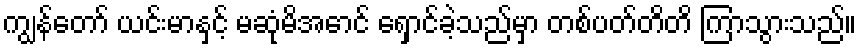
ကျွန်တော် ယင်းမာနှင့် မဆုံမိအောင် ရှောင်ခဲ့သည်မှာ တစ်ပတ်တိတိ ကြာသွားသည်။